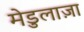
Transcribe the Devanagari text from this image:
मेडुलाज़ा